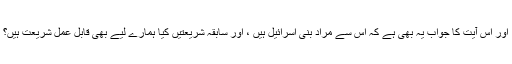
اور اس آیت کا جواب یہ بھی ہے کہ اس سے مراد بنی اسرائیل ہیں ، اور سابقہ شریعتیں کیا ہمارے لیے بھی قابل عمل شریعت ہیں؟